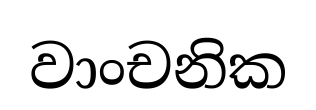
වාංචනික